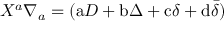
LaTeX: X ^ { a } \nabla _ { a } = ( \mathrm { a } D + \mathrm { b } \Delta + \mathrm { c } \delta + \mathrm { d } { \bar { \delta } } )